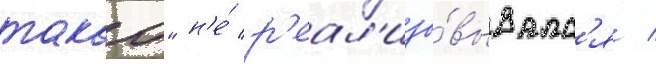
такао" н'е́ р'еал'изо́вывалс'я /